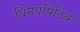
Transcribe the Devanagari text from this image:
विनयपिटिक